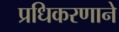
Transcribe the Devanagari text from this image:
प्रधिकरणाने